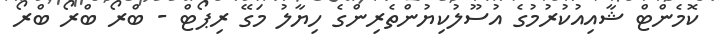
ކޮމެންޓް ޝާއިއުކުރުމުގެ އުސޫލުކިޔުންތެރިންގެ ހިޔާލު މަގޭ ރިޕޯޓް - ބްރޯ ބްރޯ ބްރޯ